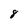
Character: 8